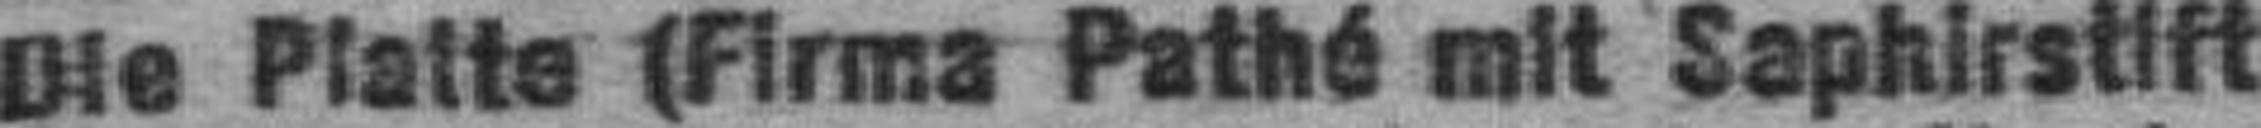
Die Platte (Firma Pathé mit Saphirstift